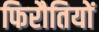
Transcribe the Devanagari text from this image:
फिरौतियों